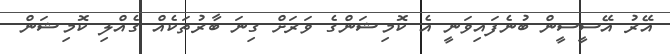
އޭރު އޭސީސީން ބުނެފައިވަނީ އެ ކޮމިޝަންގެ ވަރަށް ގިނަ ބާރުތަކެއް ގެއްލި ކޮމިޝަން